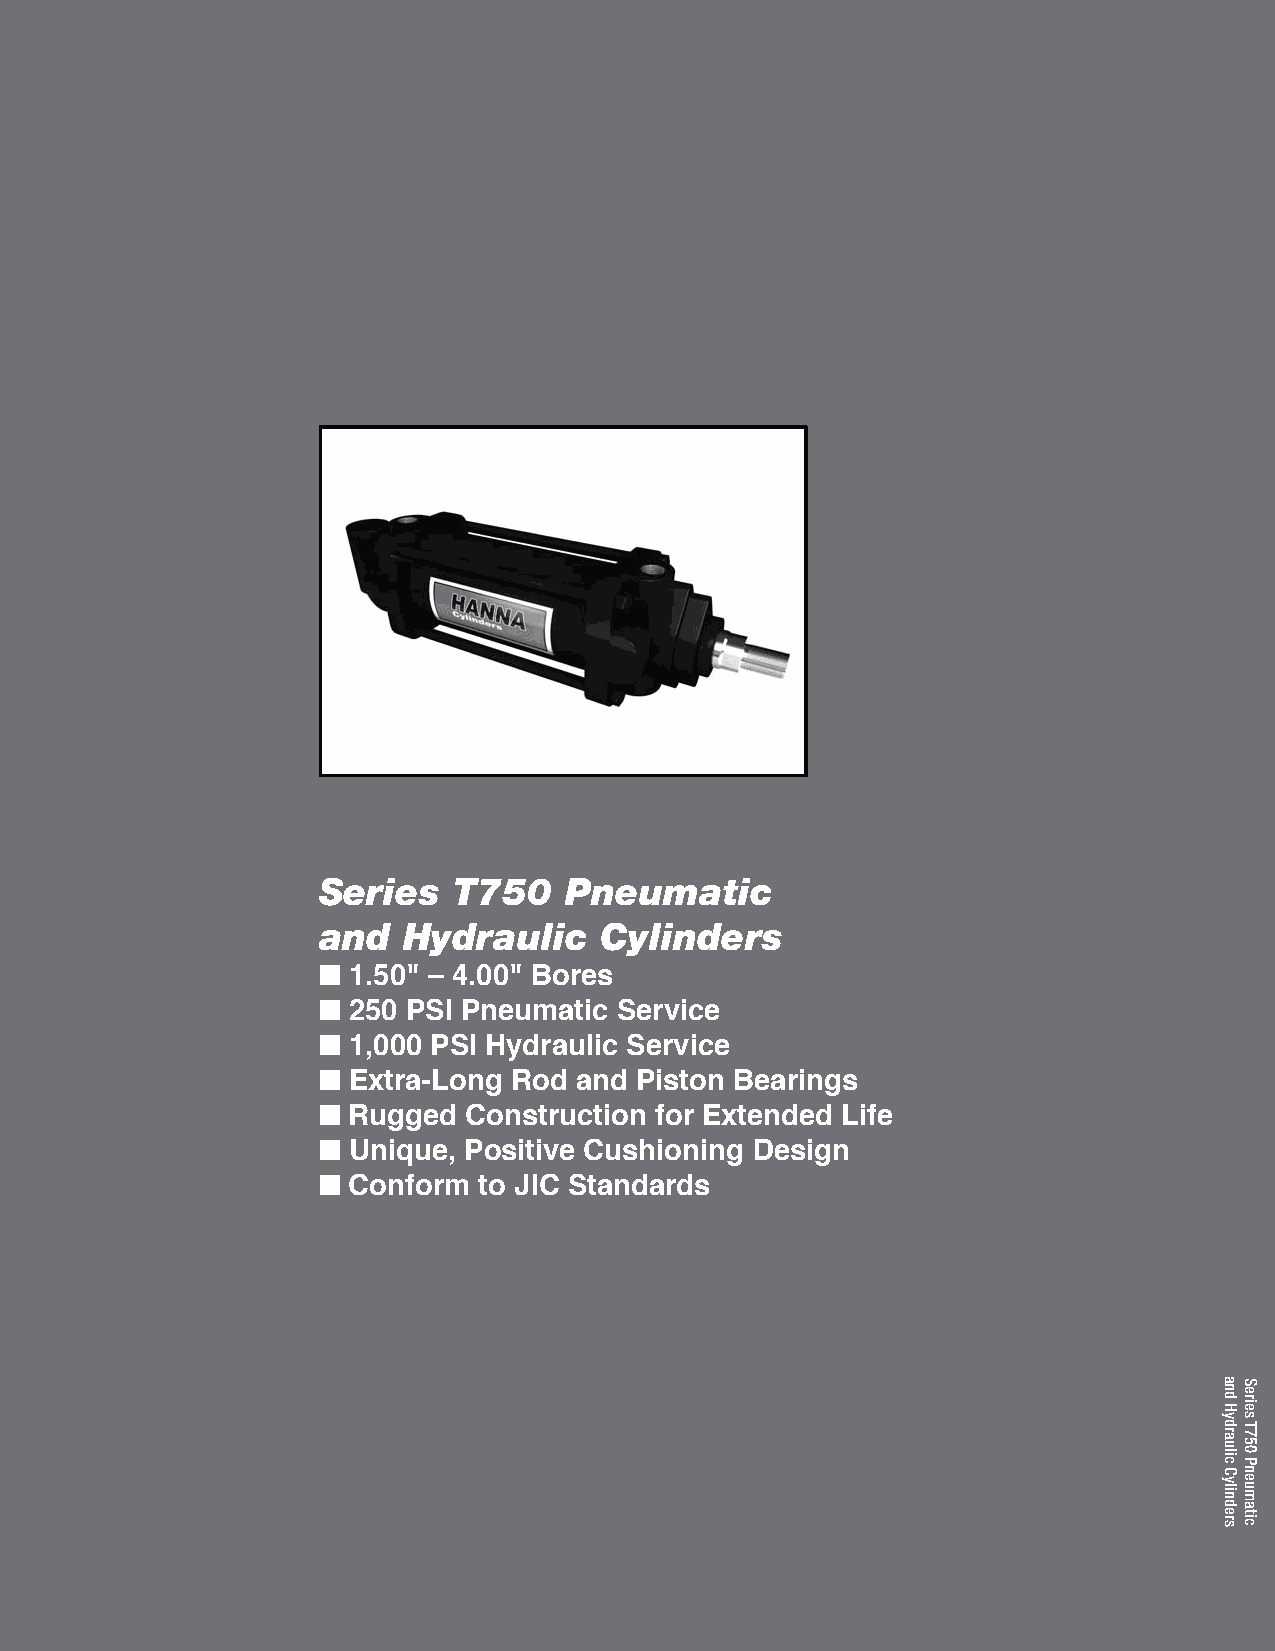
Series   T750   Pneumatic
 and   Hydraulic    Cylinders
 n
 1.50" – 4.00" Bores
 n
 250 psi pneumatic service
 n
 1,000 psi Hydraulic service
 n
 Extra-Long Rod and piston Bearings
 n
 Rugged  Construction for Extended Life
 n
 Unique, positive Cushioning Design
 n
 Conform  to JiC standards
 and
 Hydraulic
 Cylinders
 Series
 T750
 Pneumatic